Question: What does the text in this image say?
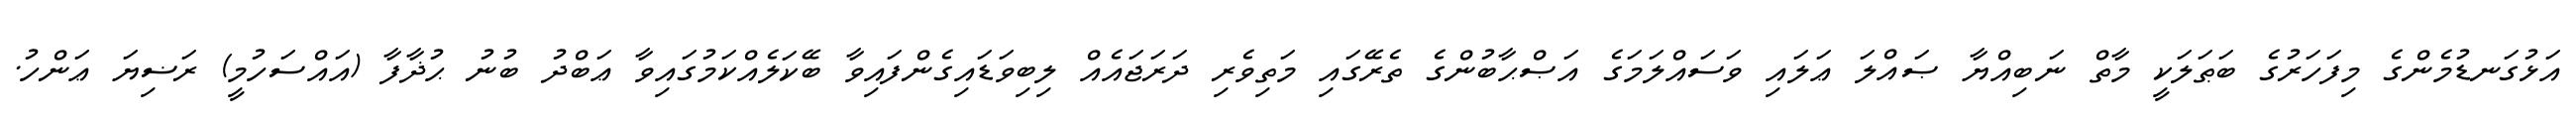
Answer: އަޅުގަނޑުމެންގެ މިފަހަރުގެ ބަޠަލަކީ މާތް ނަބިއްޔާ ޞައްލަ ޢަލައި ވަސައްލަމަގެ އަޞްޙާބުންގެ ތެރޭގައި މަތިވެރި ދަރަޖައެއް ލިބިވަޑައިގެންފައިވާ ބޭކަލެއްކަމުގައިވާ ޢަބްދު ބުނު ޙުޛާފާ (އައްސަހުމީ) ރަޟިޔަ ޢަންހު.